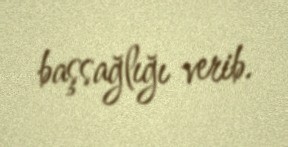
başsağlığı verib.